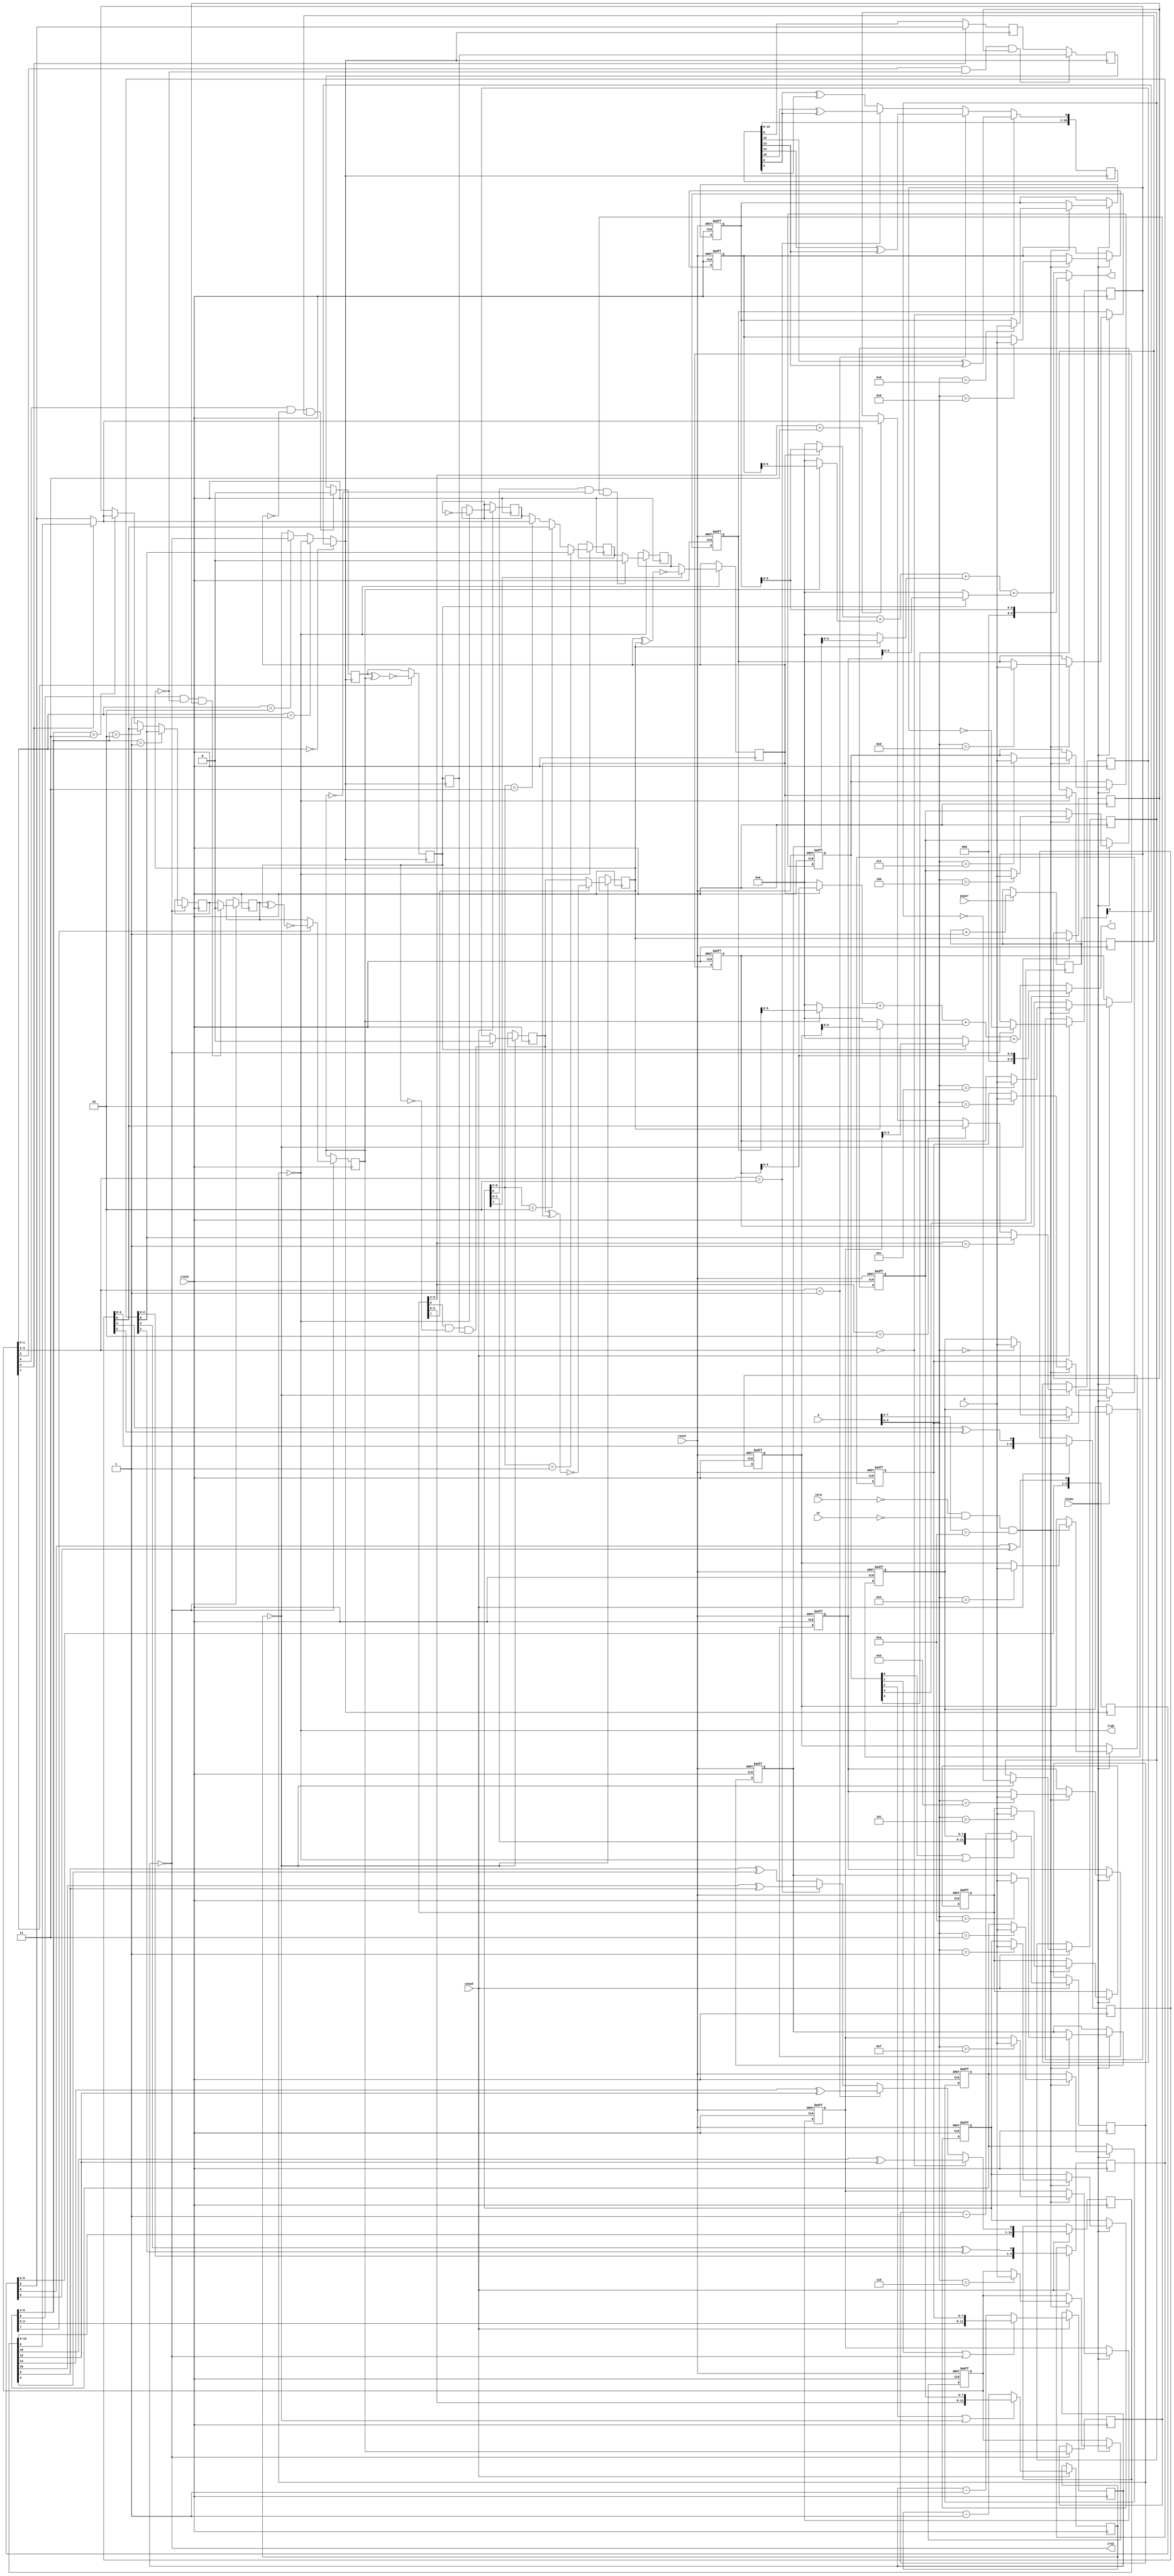
module audio
//-------------------------------------------------------------------------------------------------
(
	input  wire      clock,
	input  wire      cecpu,
	input  wire      ceaud,

	input  wire      power,
	input  wire      reset,
	input  wire      iorq,
	input  wire      wr,
	input  wire[7:0] d,
	input  wire[7:0] a,

	output wire      irq0,
	output wire      irq1,

	output wire [8:0] r,
	output wire [8:0] l
);
//-------------------------------------------------------------------------------------------------

reg[9:0] cc = 0;
wire clock31K25 = cc[9];
always @(posedge clock) if(power) cc <= cc+1'd1;

wire nClk = nFreq == 2'b00 ? clock31K25 : nFreq == 2'b01 ? aZero : nFreq == 2'b10 ? bZero : cZero;

reg[16:0] lfsr_17 = 17'h1FFFF;
reg[ 6:0] lfsr_7  = 7'h7f;
reg[ 4:0] lfsr_5  = 5'h1f;
reg[ 3:0] lfsr_4  = 4'hf;

reg[16:0] lfsr_17_n = 17'h1FFFF;
reg[ 6:0] lfsr_7_n  = 7'h7f;

wire aRing = data[1][7];
wire bRing = data[3][7];
wire cRing = data[5][7];
wire nRing = data[6][7]; 

wire[1:0] aPc = data[1][5:4];
wire[1:0] bPc = data[3][5:4];
wire[1:0] cPc = data[5][5:4];

wire[1:0] nFreq = data[6][1:0];
wire[1:0] nLeng = data[6][3:2];

wire nSwap = data[6][4];
wire nLPF  = data[6][5]; 
wire nHPF  = data[6][6]; 
wire aHPF  = data[1][6];
wire bHPF  = data[3][6];
wire cHPF  = data[5][6];

reg aOut_prv, aOut = 0;
reg bOut_prv, bOut = 0;
reg cOut_prv, cOut = 0;
reg nOut_prv, nOut = 0;

always @(posedge clock) if(ceaud) begin
	lfsr_4 <= { lfsr_4[2:0], lfsr_4[3] ^ lfsr_4[2] };
	lfsr_5 <= { lfsr_5[3:0], lfsr_5[4] ^ lfsr_5[2] };
	lfsr_7 <= { lfsr_7[5:0], lfsr_7[6] ^ lfsr_7[5] };
	lfsr_17 <= (nLeng == 2'b00) ? { lfsr_17[15:0],(lfsr_17[16] ^ lfsr_17[13]) }
		:      (nLeng == 2'b01) ? { lfsr_17[15:0],(lfsr_17[14] ^ lfsr_17[13]) }
		:      (nLeng == 2'b10) ? { lfsr_17[15:0],(lfsr_17[10] ^ lfsr_17[ 8]) }
		:                         { lfsr_17[15:0],(lfsr_17[ 8] ^ lfsr_17[ 4]) };
end

always @(posedge nClk) begin
	lfsr_7_n  <= { lfsr_7_n[5:0], lfsr_7_n[6] ^ lfsr_7_n[5] };
	lfsr_17_n <= (nLeng == 2'b00) ? { lfsr_17_n[15:0],(lfsr_17_n[16] ^ lfsr_17_n[13]) }
		:        (nLeng == 2'b01) ? { lfsr_17_n[15:0],(lfsr_17_n[14] ^ lfsr_17_n[13]) }
		:        (nLeng == 2'b10) ? { lfsr_17_n[15:0],(lfsr_17_n[10] ^ lfsr_17_n[ 8]) }
		:                           { lfsr_17_n[15:0],(lfsr_17_n[ 8] ^ lfsr_17_n[ 4]) };
end

reg nOut_pn, nOut_lp,nOut_hp;
always @(posedge nClk) begin
	nOut_prv <= nOut;
	nOut_pn <= nSwap ? lfsr_7_n[0] : lfsr_17_n[0];
	nOut_lp <= (nLPF && ~cOut && cOut_prv) ? nOut_prv : nOut_pn;
	nOut_hp <= (nHPF && ~aOut && aOut_prv) ? 1'b0     : nOut_lp;
	nOut <= nRing ? ~(nOut_hp ^ bOut) : nOut_hp;
end

reg cOut_pn, cOut_hp;
always @(posedge clock) if(cZero) begin
	cOut_prv <= cOut;
	cOut_pn <= (cPc ==2'b01) ? lfsr_4[0]
		:      (cPc ==2'b10) ? lfsr_5[0]
		:      (cPc ==2'b11) ? nSwap ? lfsr_17[0] : lfsr_7_n[0]
		:      cTone;
	cOut_hp <= (cHPF && ~nOut && nOut_prv) ? 1'b0 : cOut_pn;
	cOut <= cRing ? ~(cOut_hp ^ aOut) : cOut_hp;
end

reg bOut_pn, bOut_hp;
always @(posedge clock) if(bZero) begin
	bOut_prv <= bOut;
	bOut_pn <= (bPc ==2'b01) ? lfsr_4[0]
		:      (bPc ==2'b10) ? lfsr_5[0]
		:      (bPc ==2'b11) ? nSwap ? lfsr_17[0] : lfsr_7_n[0]
		:      bTone;
	bOut_hp <= (bHPF && ~cOut && cOut_prv) ? 1'b0 : bOut_pn;
	bOut <= bRing?  ~(bOut_hp ^ nOut) : bOut_hp;
end

reg aOut_pn, aOut_hp;
always @(posedge clock) if(aZero) begin
	aOut_prv <= aOut;
	aOut_pn <= (aPc ==2'b01) ? lfsr_4[0]
		:      (aPc ==2'b10) ? lfsr_5[0]
		:      (aPc ==2'b11) ? nSwap ? lfsr_17[0] : lfsr_7_n[0]
		:      aTone;
	aOut_hp <= (aHPF && ~bOut && bOut_prv) ? 1'b0 : aOut_pn;
	aOut <= aRing ? ~(aOut ^ cOut) : aOut_hp;
end

//-------------------------------------------------------------------------------------------------

reg[7:0] data[0:15];
always @(posedge clock, negedge reset)
	if(!reset)
	begin
		data[0] <= 8'h00; data[4] <= 8'h00; data[ 8] <= 8'h00; data[12] <= 8'h00;
		data[1] <= 8'h00; data[5] <= 8'h00; data[ 9] <= 8'h00; data[13] <= 8'h00;
		data[2] <= 8'h00; data[6] <= 8'h00; data[10] <= 8'h00; data[14] <= 8'h00;
		data[3] <= 8'h00; data[7] <= 8'h07; data[11] <= 8'h00; data[15] <= 8'h00;
	end
	else if(cecpu)
		if(!iorq && !wr && a[7:4] == 4'hA) data[a[3:0]] <= d;

wire[11:0] aPeriod = { data[1][3:0], data[0] };
wire[11:0] bPeriod = { data[3][3:0], data[2] };
wire[11:0] cPeriod = { data[5][3:0], data[4] };

wire aSync = data[7][0];
wire bSync = data[7][1];
wire cSync = data[7][2];

wire lDac = data[7][3];
wire rDac = data[7][4];

wire[5:0] aLLevel = data[8][5:0];
wire[5:0] bLLevel = data[9][5:0];
wire[5:0] cLLevel = data[10][5:0];
wire[5:0] nLLevel = data[11][5:0];

wire[5:0] aRLevel = data[12][5:0];
wire[5:0] bRLevel = data[13][5:0];
wire[5:0] cRLevel = data[14][5:0];
wire[5:0] nRLevel = data[15][5:0];

//-------------------------------------------------------------------------------------------------

reg[11:0] aCount;
wire aZero = aCount == 0;
always @(posedge clock) if(ceaud) if(aSync || aZero) aCount <= aPeriod; else aCount <= aCount-1'd1;

reg[11:0] bCount;
wire bZero = bCount == 0;
always @(posedge clock) if(ceaud) if(bSync || bZero) bCount <= bPeriod; else bCount <= bCount-1'd1;

reg[11:0] cCount;
wire cZero = cCount == 0;
always @(posedge clock) if(ceaud) if(cSync || cZero) cCount <= cPeriod; else cCount <= cCount-1'd1;

//-------------------------------------------------------------------------------------------------

reg aTone;
always @(posedge clock) if(ceaud) if(aZero) aTone <= ~aTone;

reg bTone;
always @(posedge clock) if(ceaud) if(bZero) bTone <= ~bTone;

reg cTone;
always @(posedge clock) if(ceaud) if(cZero) cTone <= ~cTone;

//-------------------------------------------------------------------------------------------------

assign irq0 = aZero; 
assign irq1 = bZero;

assign r = rDac ? aRLevel : (aOut ? aRLevel : 6'd0)+(bOut ? bRLevel : 6'd0)+(cOut ? cRLevel : 6'd0)+(nOut ? nRLevel : 6'd0);
assign l = lDac ? aLLevel : (aOut ? aLLevel : 6'd0)+(bOut ? bLLevel : 6'd0)+(cOut ? cLLevel : 6'd0)+(nOut ? nLLevel : 6'd0);

//-------------------------------------------------------------------------------------------------
endmodule